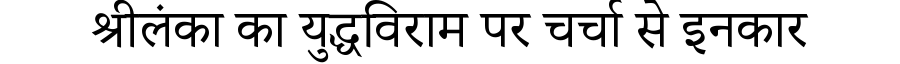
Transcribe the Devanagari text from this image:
श्रीलंका का युद्धविराम पर चर्चा से इनकार